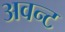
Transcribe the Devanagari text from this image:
अवन्ट